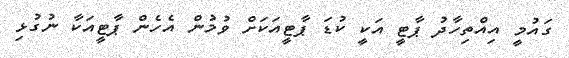
ގައުމީ އިއްތިހާދު ޕާޓީ އަކީ ކުޑަ ޕާޓީއަކަށް ވުމުން އެހެން ޕާޓީއަކާ ނުގުޅި